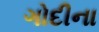
ગોદીના